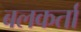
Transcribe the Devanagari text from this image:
बलकर्ता